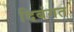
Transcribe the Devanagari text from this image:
दिबंगत